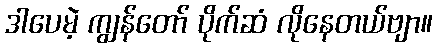
ဒါပေမဲ့ ကျွန်တော် ပိုက်ဆံ လိုနေတယ်ဗျာ။